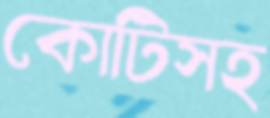
কোটিসহ